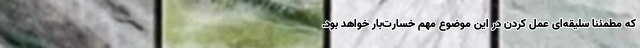
که مطمئناً سلیقه‌ای عمل کردن در این موضوع مهم خسارت‌بار خواهد بود.